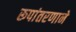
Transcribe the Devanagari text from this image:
रूपांतरणाने